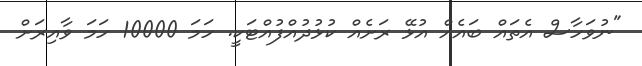
"ނުވަހާސް އެތައް ބައެއް އުޅޭ ރަށެއް ކުޅުދުއްފުއްޓަކީ. ހަމަ 10000 ހަމަ ވާއިރަށް